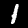
Digit: 1